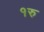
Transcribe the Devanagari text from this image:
१रु